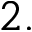
2 .